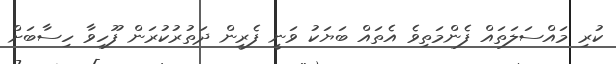
ކުރި މައްސަލަތައް ފެންމަތިވެ އެތައް ބަޔަކު ވަނީ ފެރީން ދަތުރުކުރަން ފޫހިވާ ހިސާބަށް